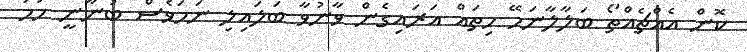
ކޮން އެއްޗެއްތޯ ބަލާލާނަމޭ ހިތައް އަރައިގެން ވާނުވާ ބަލައިލި ނަމަވެސް ބުނާނީ ހަމަ